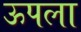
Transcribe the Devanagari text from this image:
ऊपला